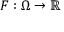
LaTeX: F : \Omega \to \mathbb { R }